Civil Veterinary Department Bihar & Orissa reports 1929-36 - 1929-1936
Year: 1929
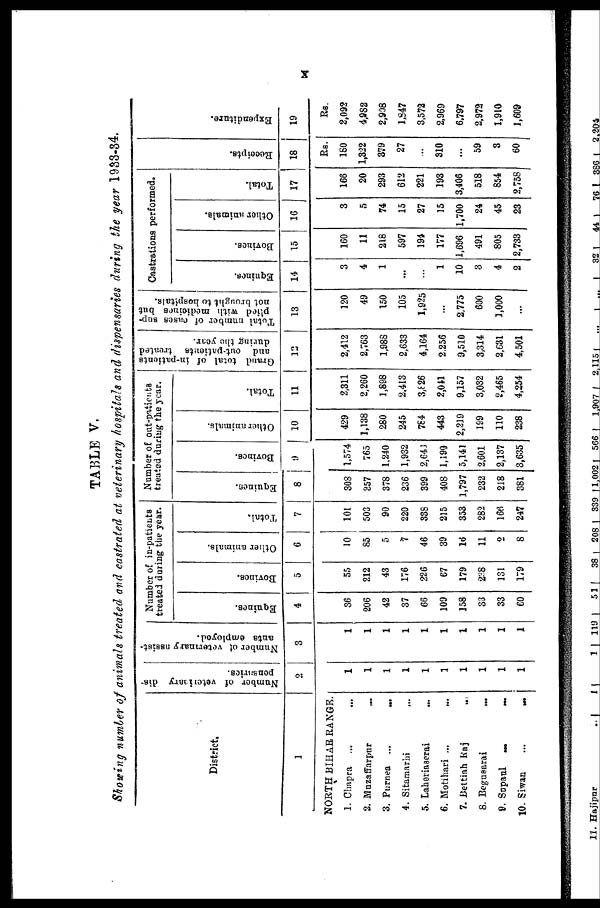
X
TABLE V.
Showing number of animals treated and castrated at veterinary hospitals and dispensaries during the year 1933-34,
District.
1
NORTH BIHAR RANGE.
1. Chapra ... ...
2. Muzaffarpur ...
3. Purnea ...
...
4. Sitamarhi
...
5. Laheriaserai ...
6. Motihari ... ...
7. Bettiah Raj ...
8. Begusarai
...
9. Supaul
...
...
10. Siwan
...
...
Number of veterinary dis-
pensaries.
2
1
1
1
1
1
1
1
1
1
1
Number of veterinary assist-
ants employed.
3
11
1
1
1
1
1
1
1
1
Number of in-patients
treated during the year.
Equines.
4
36
206
42
37
66
109
158
33
33
60
Bovines.
5
55
212
43
176
226
67
179
238
131
179
Other animals.
6
10
85
5
7
46
39
16
11
2
8
Total.
7
101
503
90
220
33S
215
353
282
166
247
Number of out-patients
treated during the year.
Equines.
8
308
857
378
236
399
408
1,797
232
218
381
Bovines.
9
1,574
765
1.240
1,932
2,643
1,190
5,141
2,601
2,137
3,635
Other animals.
10
429
1,138
280
245
784
443
2,219
199
110
238
Total.
11
2,311
2,260
1,898
2.413
3,826
2,041
9,157
3,032
2,465
4,254
Grand total of in-patients
and out-patients treated
during the year.
12
2,412
2,763
1,988
2,633
4,164
2,256
9,510
3,314
2,631
4,501
Total number of oases sup-
plied with medicines but
not brought to hospitals.
13
120
49
150
105
1,925
...
2,775
600
1,000
...
Castrations performed.
Equines.
14
3
4
1
...
...
1
10
3
4
2
Bovines.
15
160
11
218
597
194
177
1,696
491
805
2,733
Other animals.
16
3
5
74
15
27
15
1,700
24
45
23
Total.
17
166
20
293
612
221
193
3,406
518
854
2,758
Receipts.
18
Rs.
180
1,322
379
27
...
310
...
59
3
60
Expe ndi t
ur e .
19
Rs.
2,092
4,982
2,908
1,847
3,572
2,969
6,797
2,972
1,910
1,609